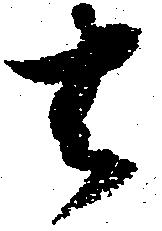
去